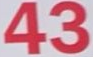
4